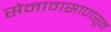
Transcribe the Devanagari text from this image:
सेनावासापासून